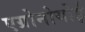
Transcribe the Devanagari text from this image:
एग्रोनोयोई